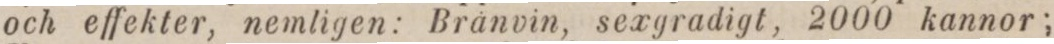
och effekter, nemligen: Bränvin, sexgradigt, 2000 kannor;